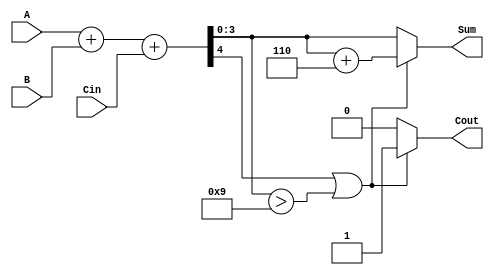
module BCD_Hybrid_Adder (
    input  wire [3:0] A,      // 4-bit BCD input A
    input  wire [3:0] B,      // 4-bit BCD input B
    input  wire Cin,          // Carry input
    output reg  [3:0] Sum,    // 4-bit BCD output Sum
    output reg  Cout          // Carry output
);

    wire [4:0] S;            // 5-bit sum to accommodate carry
    wire [4:0] corrected_sum; // 5-bit corrected sum

    // Binary addition of A, B and Cin
    assign S = A + B + Cin;

    // BCD correction logic
    always @(*) begin
        if (S[4] || (S[3:0] > 4'b1001)) begin
            // If carry out or sum > 9, add 6 to correct
            corrected_sum = S + 5'b00110; // Add 6 (0110)
            Sum = corrected_sum[3:0];     // Take the lower 4 bits
            Cout = 1;                      // Set carry out
        end else begin
            Sum = S[3:0];                  // Valid BCD, just take lower 4 bits
            Cout = 0;                      // No carry out
        end
    end

endmodule